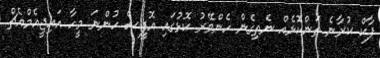
ޕާކް ކުރާނެ ތަންކޮޅެއް ނެތިގެން ހެންވޭރު ކޮޅުގައި އޮފީސް ހުންނަ މީހާ އައިޖީއެމްއެޗް